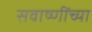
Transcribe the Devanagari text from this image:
सवाष्णींच्या